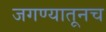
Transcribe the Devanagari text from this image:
जगण्यातूनच